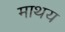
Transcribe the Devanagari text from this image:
माथय